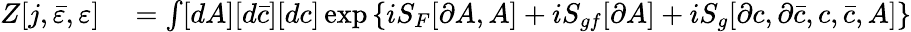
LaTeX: \begin{array}{rl}{Z[j,{\bar{\varepsilon}},\varepsilon]}&{{}=\int[dA][d{\bar{c}}][dc]\exp\left\{ iS_{F}[\partial A,A]+iS_{gf}[\partial A]+iS_{g}[\partial c,\partial{\bar{c}},c,{\bar{c}},A]\right\} }\end{array}